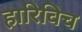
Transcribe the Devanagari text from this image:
हारिविच